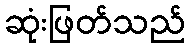
ဆုံးဖြတ်သည်